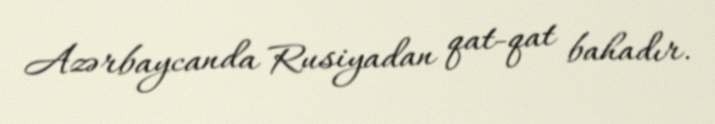
Azərbaycanda Rusiyadan qat-qat bahadır.